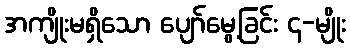
အကျိုးမရှိသော ပျော်မွေ့ခြင်း ၄-မျိုး